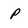
Character: P